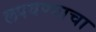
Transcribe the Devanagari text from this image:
लपवण्याचा